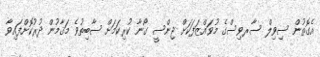
އެގޮތުން ސިވިލް ސާރވިސްގެ މުވައްޒަފަކަށް ޖިންސީ ގޯނާ ކުރިކަމަށް ސާބިތުވެ މަޤާމުން ދުރުކޮށްފައިވާ